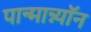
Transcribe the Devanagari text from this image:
पान्मान्न्यॉन